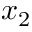
x _ { 2 }